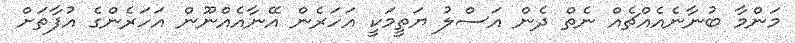
މަންމާ ބުނާނެއެއްޗެއް ނެތް ދެން އަސްލު ޔަތީމަކީ އަހަރެން އޭނާއެއްނޫން އަހަރެންގެ އުފާތަށް